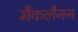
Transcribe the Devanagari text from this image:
मैकलैनन